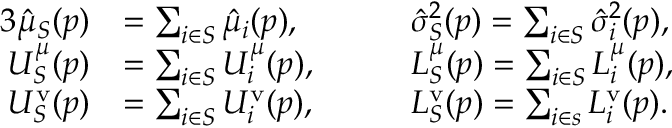
\begin{array} { r l r l } { { 3 } \hat { \mu } _ { S } ( p ) } & { = \sum _ { i \in S } \hat { \mu } _ { i } ( p ) , \quad } & & { \hat { \sigma } _ { S } ^ { 2 } ( p ) = \sum _ { i \in S } \hat { \sigma } _ { i } ^ { 2 } ( p ) , } \\ { U _ { S } ^ { \mu } ( p ) } & { = \sum _ { i \in S } U _ { i } ^ { \mu } ( p ) , \quad } & & { L _ { S } ^ { \mu } ( p ) = \sum _ { i \in S } L _ { i } ^ { \mu } ( p ) , } \\ { U _ { S } ^ { \mathrm { v } } ( p ) } & { = \sum _ { i \in S } U _ { i } ^ { \mathrm { v } } ( p ) , \quad } & & { L _ { S } ^ { \mathrm { v } } ( p ) = \sum _ { i \in s } L _ { i } ^ { \mathrm { v } } ( p ) . } \end{array}